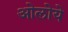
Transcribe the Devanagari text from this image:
ओलोये